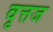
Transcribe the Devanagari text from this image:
वृत्तज